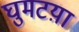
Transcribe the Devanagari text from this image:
घुमटय़ा